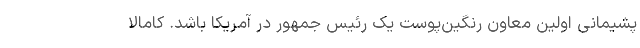
پشیمانی اولین معاون رنگین‌پوست یک رئیس جمهور در آمریکا باشد. کامالا